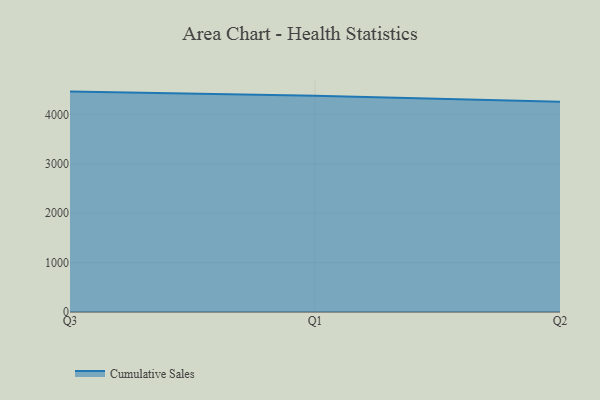
{"axis": {"x": "Quarter", "y": "Customer Acquisition Cost (USD)"}, "legend": ["Cumulative Sales"], "data": [{"x": "Q3", "y": 4460.5, "type": "Cumulative Sales"}, {"x": "Q1", "y": 4378.8, "type": "Cumulative Sales"}, {"x": "Q2", "y": 4256.7, "type": "Cumulative Sales"}]}